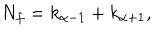
LaTeX: N _ { f } = k _ { \alpha - 1 } + k _ { \alpha + 1 } ,